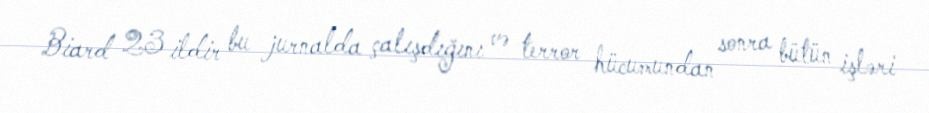
Biard 23 ildir bu jurnalda çalışdığını və terror hücumundan sonra bütün işləri